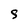
Character: S